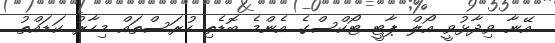
އޭނާ ވިދާޅުވީ އޯލް ޕާޓީ ޓޯކްސްގެ އެންމެ ބޮޑެތި ހުރަސްތައް މިހާރު ކަޑައްތު